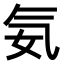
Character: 𣱘